Mental hospitals Bombay report 1929-33 - 1929-1933
Year: 1929
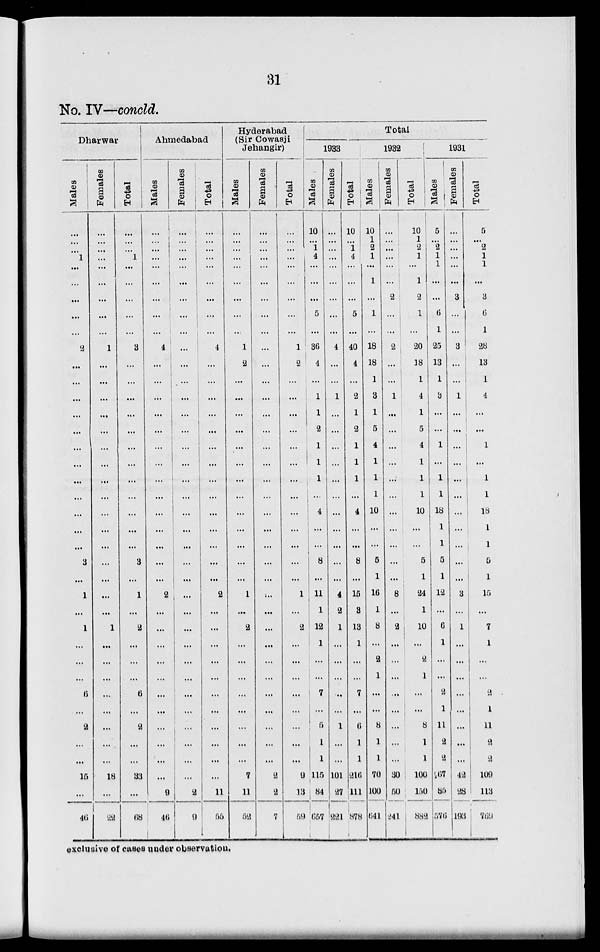
31
No. IV—concld.
Dharwar
Males
...
...
...
1
...
...
...
...
...
2
...
...
...
...
...
...
...
...
...
...
...
...
3
...
1
...
1
...
...
...
6
...
2
...
...
15
...
46
Females
...
...
...
...
...
...
...
...
...
1
...
...
...
...
...
...
...
...
...
...
...
...
...
...
...
...
1
...
...
...
...
...
...
...
...
18
...
22
Total
...
...
...
1
...
...
...
...
...
3
...
...
...
...
...
...
...
...
...
...
...
...
3
...
1
...
2
...
...
...
6
...
2
...
...
33
...
68
Ahmedabad
Males
...
...
...
...
...
...
...
...
...
4
...
...
...
...
...
...
...
...
...
...
...
...
...
...
2
...
...
...
...
...
...
...
...
...
...
...
9
46
Females
...
...
...
...
...
...
...
...
...
...
...
...
...
...
...
...
...
...
...
...
...
...
...
...
...
...
...
...
...
...
...
...
...
...
...
...
2
...
Total
...
...
...
...
...
...
...
...
...
4
...
...
...
...
...
...
...
...
...
...
...
...
...
2
...
...
...
...
...
...
...
...
...
...
...
11
66
Hyderabad
(Sir Cowasji
Jehangir)
Males
...
...
...
...
...
...
...
...
..
1
2
...
...
...
...
...
...
...
...
...
...
...
...
...
1
...
2
...
...
...
...
...
...
...
...
7
11
62
Females
...
...
...
...
...
...
...
...
...
...
...
...
...
...
...
...
...
...
...
...
...
...
...
...
...
...
...
...
...
...
...
...
...
...
...
2
2
7
Total
...
...
...
...
...
...
...
...
...
1
2
...
...
...
...
...
...
...
...
...
...
...
...
...
1
...
2
...
...
...
...
...
...
...
...
9
13
59
Total
1933
Males
10
...
1
4
...
...
...
5
...
36
4
...
1
1
2
1
1
1
...
4
...
...
8
...
11
1
12
1
...
...
7
...
5
1
1
115
84
657
Females
...
...
...
...
...
...
...
...
...
4
...
...
1
...
...
...
...
...
...
...
...
...
...
...
4
2
1
...
...
...
...
...
1
...
...
101
27
221
Total
10
...
1
4
...
...
...
5
...
40
4
...
2
1
2
1
1
1
...
4
...
...
8
...
15
3
13
1
...
...
7
...
6
1
1
210
111
878
1932
Males
10
1
2
1
...
1
...
1
...
18
18
1
3
1
5
4
1
1
1
10
...
...
5
1
16
1
8
...
2
1
...
...
8
1
1
70
100
641
Females
...
...
...
...
...
...
2
...
...
2
...
...
1
...
...
...
...
...
...
...
...
...
...
...
8
...
2
...
...
...
...
...
...
...
...
30
50
241
Total
10
1
2
1
...
1
2
1
...
20
18
1
4
1
5
4
1
1
1
10
...
...
5
1
24
1
10
2
1
...
...
8
1
1
100
150
882
1931
Males
5
...
2
1
1
...
...
6
1
25
13
1
3
...
...
1
...
1
1
18
1
1
5
1
12
...
6
1
...
...
2
1
11
2
2
67
85
.776
Females
...
...
...
...
...
...
3
...
...
3
...
...
1
...
...
...
...
...
...
...
...
...
...
...
3
...
1
...
...
...
...
...
...
...
...
42
28
193
Total
5
...
2
1
1
...
3
6
1
28
13
1
4
...
...
1
...
1
1
18
1
1
5
1
15
...
7
1
...
...
2
1
11
2
2
109
113
769
exclusive of cases under observation.